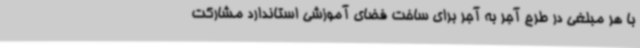
با هر مبلغی در طرح آجر به آجر برای ساخت فضای آموزشی استاندارد مشارکت